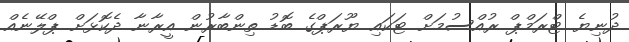
ދުނިޔެ ޓްރަމްޕް ރުއްސުމަށް ޓަކައި ޔޫރަޕްގެ ބޮޑު ތިންބާރުން އީރާނާ ދެކޮޅަށް ޕްލޭނެއް